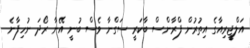
އަލްޖީރިއާގެ އިތުރުން ފްރާންސް ބާކަރީ ސަގްނާ ވެސް ބުނީ އޭނާ ރޯދަ ނުހިފާނެ